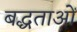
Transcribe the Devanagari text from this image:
बद्धताओं